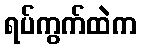
ရပ်ကွက်ထဲက